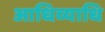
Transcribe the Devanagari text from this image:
आधिव्याधि